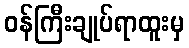
ဝန်ကြီးချုပ်ရာထူးမှ